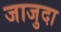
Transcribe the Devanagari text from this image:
जाजुदा